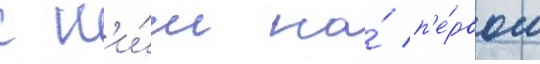
с н'и́м на́ п'е́рвом